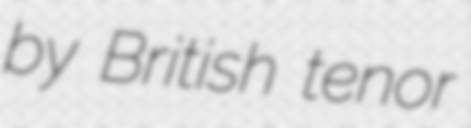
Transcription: by British tenor